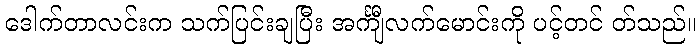
ဒေါက်တာလင်းက သက်ပြင်းချပြီး အင်္ကျီလက်မောင်းကို ပင့်တင် တ်သည်။